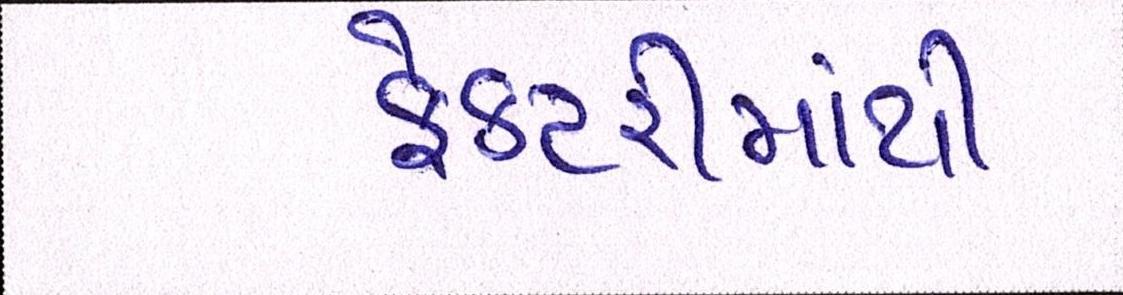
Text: ફેકટરીમાંથી